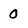
Character: 0